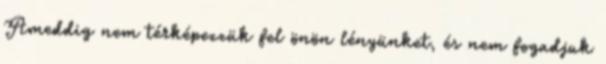
Ameddig nem térképezzük fel önön lényünket, és nem fogadjuk